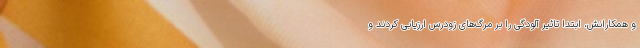
و همکارانش، ابتدا تاثیر آلودگی را بر مرگ‌های زودرس ارزیابی کردند و